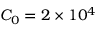
C _ { 0 } = 2 \times 1 0 ^ { 4 }